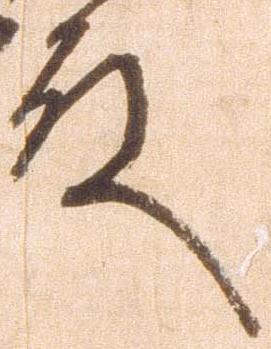
殿